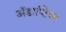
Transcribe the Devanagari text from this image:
अॅडाप्टिव्ह